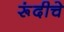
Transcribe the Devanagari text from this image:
रूंदीचे